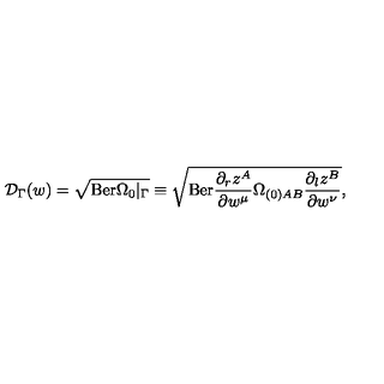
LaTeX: { \cal D } _ { \Gamma } ( w ) = \sqrt { \mathrm { B e r } \Omega _ { 0 } \vert _ { \Gamma } } \equiv \sqrt { \mathrm { B e r } \frac { \partial _ { r } z ^ { A } } { \partial w ^ { \mu } } \Omega _ { ( 0 ) A B } \frac { \partial _ { l } z ^ { B } } { \partial w ^ { \nu } } } ,